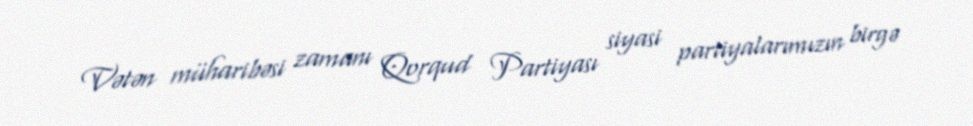
Vətən müharibəsi zamanı Qorqud Partiyası siyasi partiyalarımızın birgə